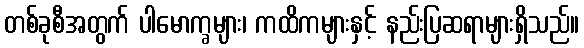
တစ်ခုစီအတွက် ပါမောက္ခများ၊ ကထိကများနှင့် နည်းပြဆရာများရှိသည်။